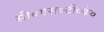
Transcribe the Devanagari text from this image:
सी०एस०टी०के०